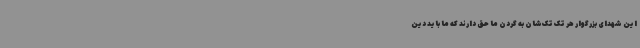
این شهدای بزرگوار هر تک تک‌شان به گردن ما حق دارند که ما باید دین